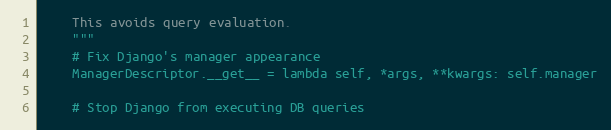
Language: Python
    This avoids query evaluation.
    """
    # Fix Django's manager appearance
    ManagerDescriptor.__get__ = lambda self, *args, **kwargs: self.manager

    # Stop Django from executing DB queries